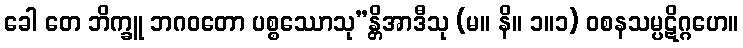
ခေါ တေ ဘိက္ခူ ဘဂဝတော ပစ္စဿောသု”န္တိအာဒီသု (မ။ နိ။ ၁။၁) ဝစနသမ္ပဋိဂ္ဂဟေ။